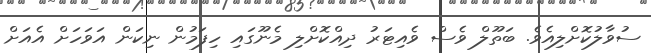
ސުވާލުކޮށްލިއެވެ. ބަތޫލް ވެސް ވެއިޓަރު ދިއްކޮށްލި މެނޫގައި ހިފަމުން ނިކަން އަވަހަށް އެއަށް